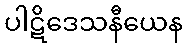
ပါဋိဒေသနီယေန